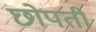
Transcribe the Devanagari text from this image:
छोपती